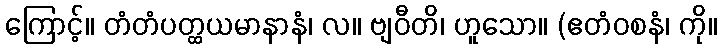
ကြောင့်။ တံတံပတ္ထယမာနာနံ၊ လ။ ဗျဝီတိ၊ ဟူသော။ (ဧတံဝစနံ၊ ကို။